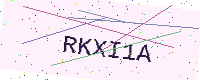
Text: RKXI1A